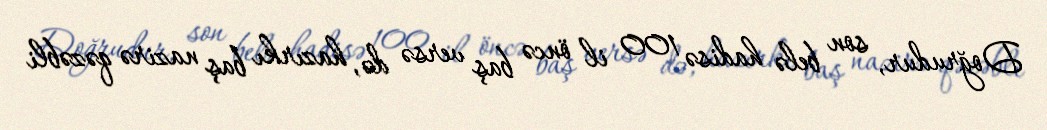
Doğrudur, son belə hadisə 100 il öncə baş versə də, hazırkı baş nazirə qəzəbli